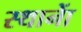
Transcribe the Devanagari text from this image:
स्थानाें